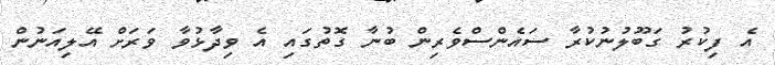
އެ ފިކުރު ގަބޫލުނުކުރާ ސައެންސްވެރިން ބުނާ ގޮތުގައި އެ ވިދާޅުވާ ވަރަށް އޭލިއަނުން